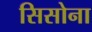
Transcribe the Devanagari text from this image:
सिसोना